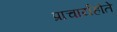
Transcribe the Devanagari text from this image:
प्राचार्यहोते